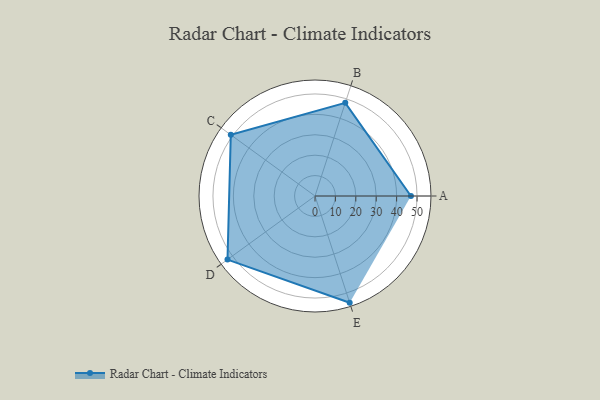
{"axis": {"x": "Skill", "y": "Score"}, "legend": ["Profile"], "data": [{"x": "A", "y": 47.0, "type": "Profile"}, {"x": "B", "y": 48.0, "type": "Profile"}, {"x": "C", "y": 51.0, "type": "Profile"}, {"x": "D", "y": 53.0, "type": "Profile"}, {"x": "E", "y": 55.0, "type": "Profile"}]}